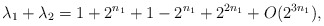
\begin{align*}\lambda_1+\lambda_2 = 1+2^{n_1} + 1-2^{n_1}+2^{2n_1}+O(2^{3n_1}),\end{align*}